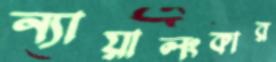
ন্যায়ালংকার